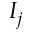
I _ { j }